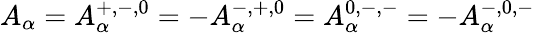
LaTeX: A_{\alpha}=A_{\alpha}^{+,-,0}=-A_{\alpha}^{-,+,0}=A_{\alpha}^{0,-,-}=-A_{\alpha}^{-,0,-}